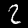
Digit: 2